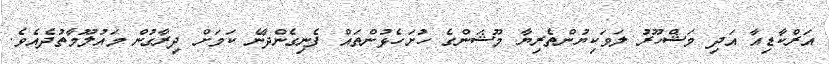
އަރްކާޑިއާ އަދި މަޝްހޫރު ލަވަކިޔުންތެރިޔާ މޫޝަންގެ ހުށަހެޅުންތައް ފެނިގެންދާނެ ކަމަށް ދިރާގުން މައުލޫމާތުދެއެވެ.